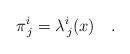
LaTeX: \begin{align*}\pi^{i}_{\,j}=\lambda^{i}_{\,j}(x) ~~~.\end{align*}